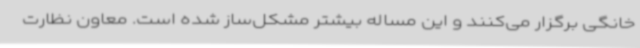
خانگی برگزار می‌کنند و این مساله بیشتر مشکل‌ساز شده است. معاون نظارت